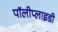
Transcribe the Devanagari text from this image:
पॉलीप्लाइडी